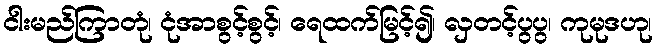
ငါးမည်ကြာတုံ၊ ငုံအာစွင့်စွင့်၊ ရေထက်မြင့်၍၊ လှတင့်ပွပွ၊ ကုမုဒဟု၊